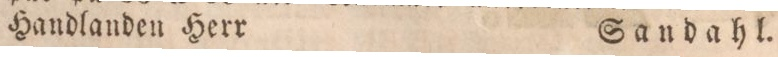
Handlanden Herr    Sandahl.